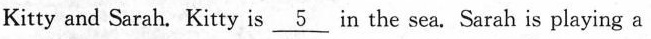
Kitty and Sarah. Kitty is \underline{5} in the sea.Sarah is playing a